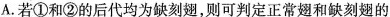
A.若①和②的后代均为缺刻翅，则可判定正常翅和缺刻翅的